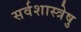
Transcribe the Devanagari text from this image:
सर्वशास्त्रेषु